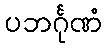
ပဘင်္ဂုဏံ